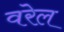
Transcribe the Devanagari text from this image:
वरेल